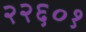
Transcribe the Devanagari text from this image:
२२६०१